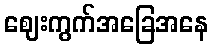
ဈေးကွက်အခြေအနေ